Leaving Certificate Examination, 1918
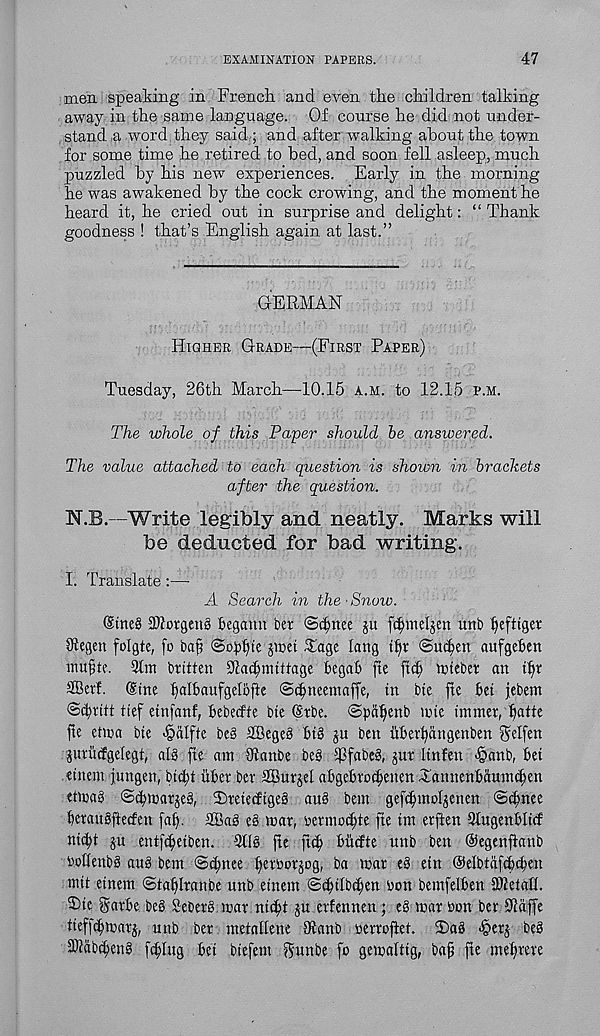
EXAMINATION PAPERS.
47
men speaking in French and even the children talking
away in the same language. Of course he did not under-
stand a word they said ; and after walking about the town
for some time he retired to bed, and soon fell asleep, much
puzzled by his new experiences. Early in the morning
he was awakened by the cock crowing, and the moment he
heard it, he cried out in surprise and delight: “ Thank
goodness ! that’s English again at last.”
GERMAN
Higher Grade—(First Paper)
Tuesday, 26th March—10.15 a.m. to 12.15 p.m.
The whole of this Paper should be answered.
The value attached to each question is shoion in brackets
after the question.
N.B.—Write legibly and neatly. Marks will
be deducted for bad writing.
I. Translate:—
A Search in the'Snow.
<Sme§ iKorgeng tegamt bet <Sd)me ju f^meljen unb Ijeftiger
9tegen folgte, fo baf @b£fyte jwet £age lang tl)t ©ui^en aufgeten
imifhe. 9lm btitten 91atttmttage begab fte ft(^ tniebet an tfjt
SBetf. (Sine tflibaufgelbfte ©cfnteemaffe, in bie fte bet febem
©tbtitt tief einfanf, bebetffe bte @tbe. ©pci^enb inie intmet, ^atte
fte etnxi bie >§alfte be§ Sffiegeg bt§ ju ben iibet^angenben ^elfen
jut'ucfgelegt; alg fte am Ulanbe be§ T'fabcb, jut Itnfen «§anb, bet
einem jungen, bictt ttbet bet SButjel abgebtcc^enen ilannenbaumc^en
etmag ©cbmatjeg, 3)tete(ftgeg aub bem gef^moljenen @dfnee
betaugftecfen faff. 2Bab e§ mat, bermcctte fte tm erften Stugenblttf
nicbt ju entf^eiben. 9lf§ fte ftcf) biicfte unb ben ©egenflanb
boOenbb aug bem ©i^nee ^etbotjog, ba mat e§ etn ©elbtafcbcben
mit einem <Staf)Itanbe unb einem ©c^ilb^en bon bemfelben SWetaU.
2)te gatbe beg Bebetg mat ni$t ju etfennen ; eg mat bon bet SRaffe
tieffc^matj, unb bet metahene Oianb bertoflet. 2)ag ^etj beg
SKab^eng feting bet biefem gttnbe fo gemaltig, baf fte mef)tete